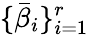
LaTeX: \{ \bar{\beta}_{i}\} _{i=1}^{r}